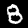
Digit: 8